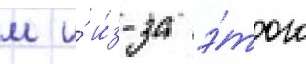
м и́ и́з-за э́того